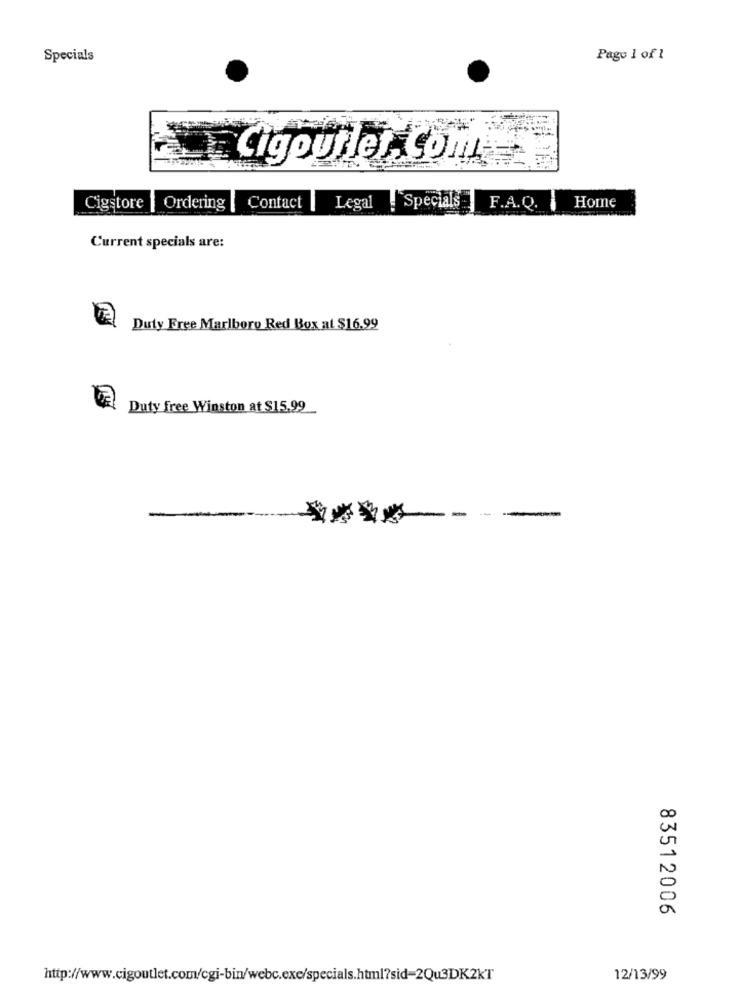
Specials
Page 1 of 1
Cigoutlet COM
Cigstore | Ordering [ Contact |
Legal .Specials |F.A.Q.
Home
Current specials are:
Duty Free Marlboro Red Box at $16.99
Duty free Winston at $15.99
- -
83512006
http://www.cigoutlet.com/cgi-bin/webc.exe/specials.html?sid=2Qu3DK2KT
12/13/99